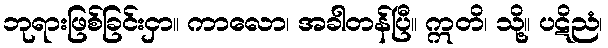
ဘုရားဖြစ်ခြင်းငှာ။ ကာလော၊ အခါတန်ပြီ။ ဣတိ၊ သို့။ ပဋိညံ၊